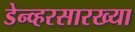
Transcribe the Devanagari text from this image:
डेन्व्हरसारख्या